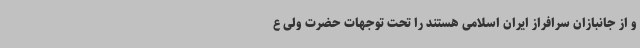
و از جانبازان سرافراز ایران اسلامی هستند را تحت توجهات حضرت ولی ع